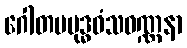
ဂေါတမဗုဒ္ဓဝံသဝဏ္ဏနာ